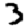
Digit: 3